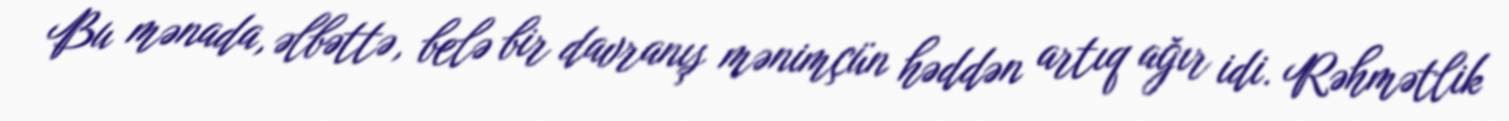
Bu mənada, əlbəttə, belə bir davranış mənimçün həddən artıq ağır idi. Rəhmətlik